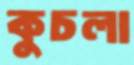
কুচলা